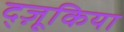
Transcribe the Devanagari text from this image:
द्ज़ूकिया